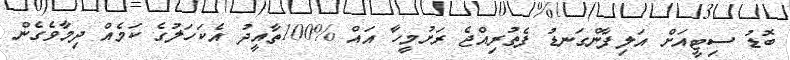
ބޮޑު ސިޓީއަށް އަލިފާންގަނޑު ފެތުރިއްޖެ ރަށުމީހާ އައް %100ތާއީދު އެެކަހަލުގެ ކަމެއް ދިމާވެގެން